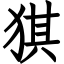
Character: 猉